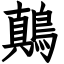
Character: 鷏